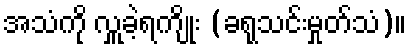
အသံကို လှူခဲ့ရကျိုး (ခရုသင်းမှုတ်သံ)။